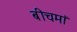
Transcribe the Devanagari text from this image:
बीचमां